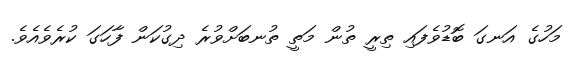
މަހުގެ އަނގަ ބޮޑުވެފައި ތިރީ ތުން މަތީ ތުނބަށްވުރެ ދިގުކަން ފާހަގަ ކުރެވެއެވެ.